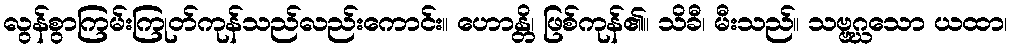
လွန်စွာကြမ်းကြုတ်ကုန်သည်လည်းကောင်း။ ဟောန္တိ၊ ဖြစ်ကုန်၏။ သိခီ၊ မီးသည်။ သဗ္ဗဂ္ဃသော ယထာ၊